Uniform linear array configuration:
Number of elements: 4
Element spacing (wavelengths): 0.5
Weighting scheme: hann
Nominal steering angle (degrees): -45
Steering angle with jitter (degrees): -44.061
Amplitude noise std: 0.05
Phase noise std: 0.05

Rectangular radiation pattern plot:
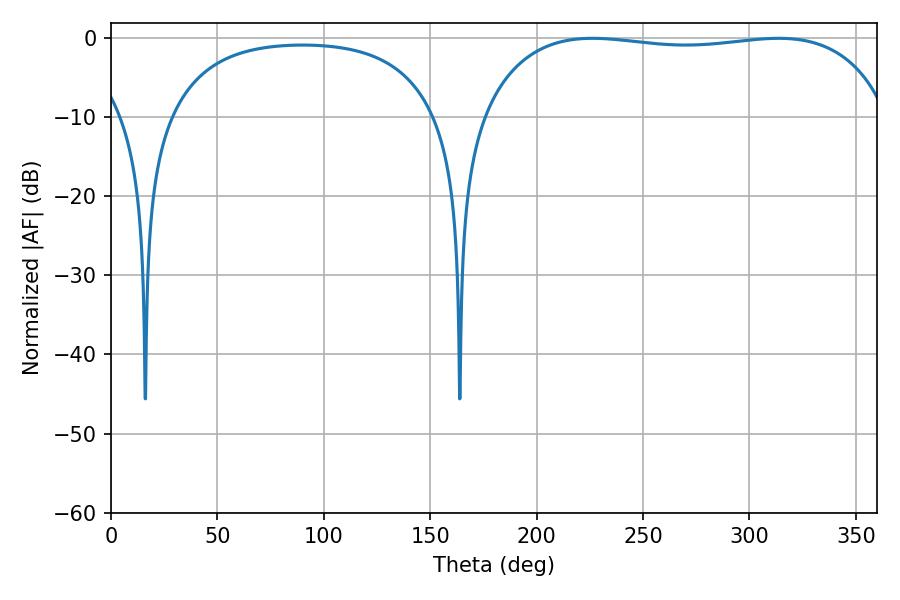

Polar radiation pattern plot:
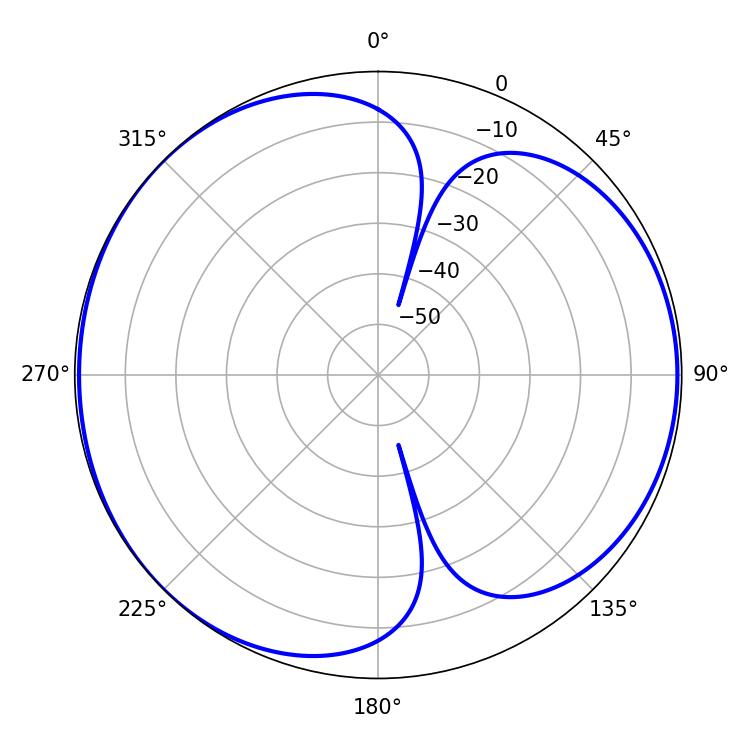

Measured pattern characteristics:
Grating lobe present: FALSE
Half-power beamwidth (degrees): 154.08
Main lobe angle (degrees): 226.26